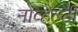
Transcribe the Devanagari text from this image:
नोव्हेल्टी